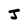
Character: J